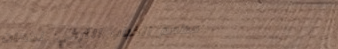
مطعم الكباب التركي: نكهات